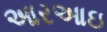
આરઆઇ